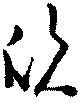
欣